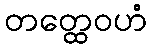
တတ္ထေဝဟံ